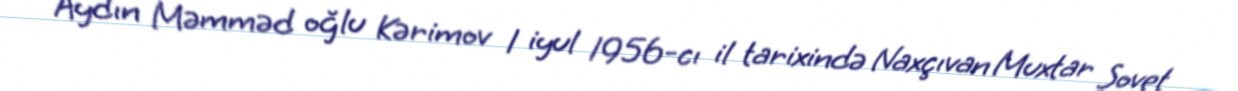
Aydın Məmməd oğlu Kərimov 1 iyul 1956-cı il tarixində Naxçıvan Muxtar Sovet